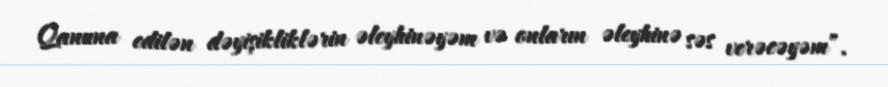
Qanuna edilən dəyişikliklərin əleyhinəyəm və onların əleyhinə səs verəcəyəm”.